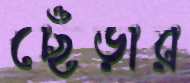
ছেঁড়ার